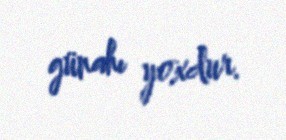
günahı yoxdur.